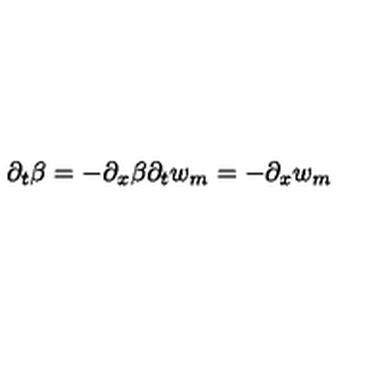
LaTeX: \partial _ { t } \beta = - \partial _ { x } \beta \partial _ { t } w _ { m } = - \partial _ { x } w _ { m }